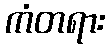
ကံတရား